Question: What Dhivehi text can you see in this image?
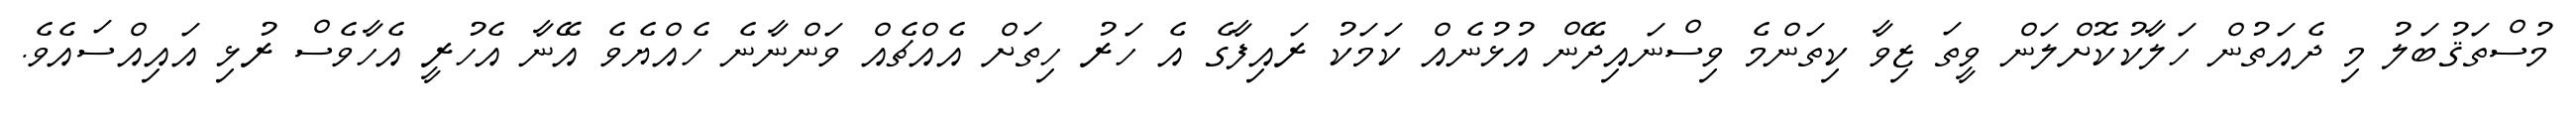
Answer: މުސްތަޤުބަލު މި ދެއަތުން ހަލާކުކޮށްލަން ވީތަ ޒިވާ ކިތަންމެ ވިސްނައިދޭން އުޅުނެއް ކަމަކު ރައިފާގެ އެ ހަރު ހިތަށް އެއްޗެއް ވަންނާނެ ހެއްޔެވެ އޭނާ އެހުރީ އެހާވެސް ރުޅި އައިއްސައެވެ.